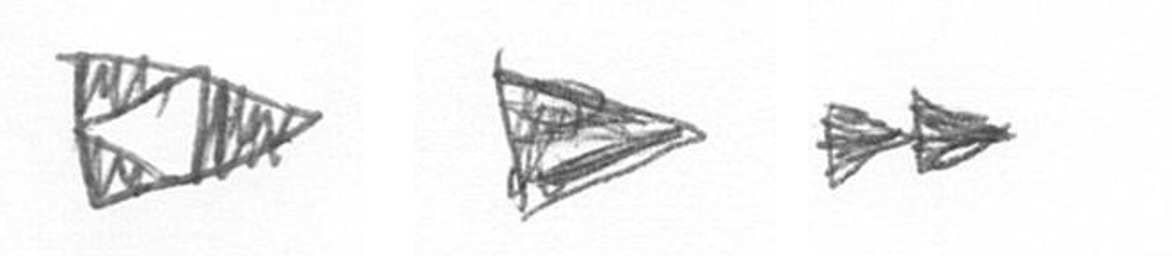
K T A